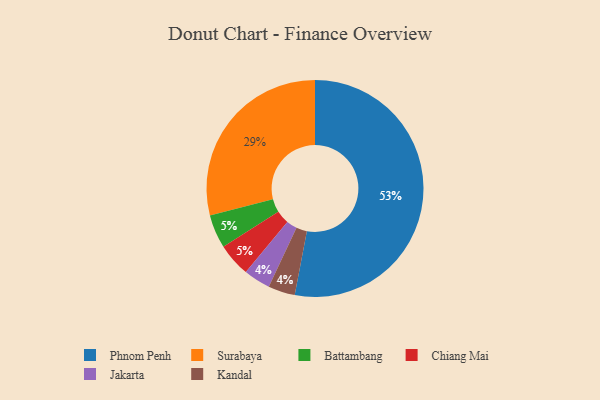
{"axis": {"x": "Category", "y": "Percentage"}, "legend": ["Battambang", "Chiang Mai", "Jakarta", "Kandal", "Phnom Penh", "Surabaya"], "data": [{"x": "Surabaya", "y": 29, "type": "Surabaya"}, {"x": "Battambang", "y": 5, "type": "Battambang"}, {"x": "Phnom Penh", "y": 53, "type": "Phnom Penh"}, {"x": "Chiang Mai", "y": 5, "type": "Chiang Mai"}, {"x": "Jakarta", "y": 4, "type": "Jakarta"}, {"x": "Kandal", "y": 4, "type": "Kandal"}]}